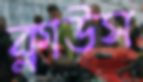
ক্লাউস